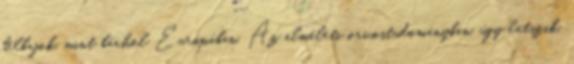
bélbajok, mint bárhol Európában. Az elméleti orvostudományban, úgy látszik,